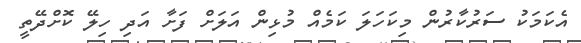
އެކަމަކު ސަރުކާރުން މިކަހަލަ ކަމެއް މުޅިން އަލަށް ފަށާ އަދި ހިލޭ ކޮށްދޭތީ